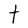
Character: t